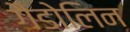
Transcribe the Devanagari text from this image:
गैडोलिन